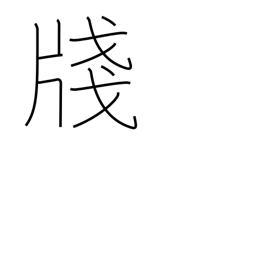
Meaning: composition